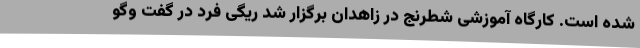
شده است. کارگاه آموزشی شطرنج در زاهدان برگزار شد ریگی فرد در گفت وگو